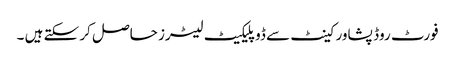
فورٹ روڈ پشاور کینٹ سے ڈوپلیکیٹ لیٹرز حاصل کر سکتے ہیں ۔